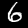
Label: 6